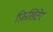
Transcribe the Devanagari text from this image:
फ़िसिटेर